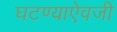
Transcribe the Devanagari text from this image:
घटण्याऐवजी